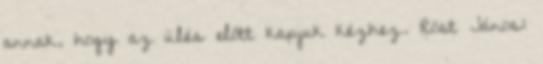
annak, hogy az ülés előtt kapjuk kézhez. Röst János: